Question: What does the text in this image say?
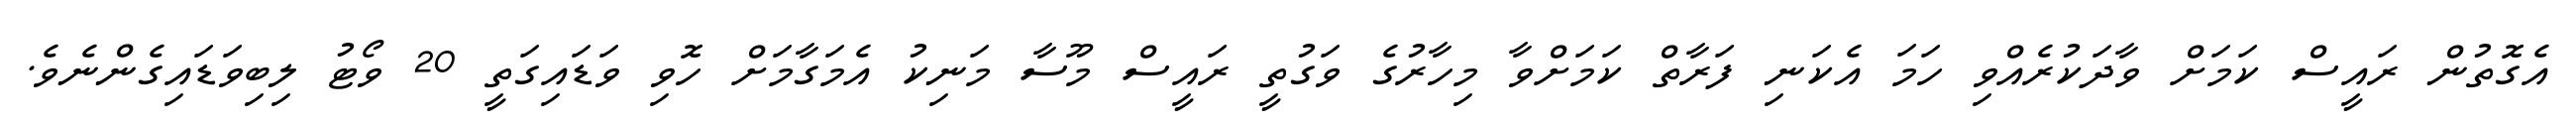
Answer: އެގޮތުން ރައީސް ކަމަށް ވާދަކުރެއްވި ހަމަ އެކަނި ފަރާތް ކަމަށްވާ މިހާރުގެ ވަގުތީ ރައީސް މޫސާ މަނިކު އެމަގާމަށް ހޮވި ވަޑައިގަތީ 20 ވޯޓު ލިބިވަޑައިގެންނެވެ.